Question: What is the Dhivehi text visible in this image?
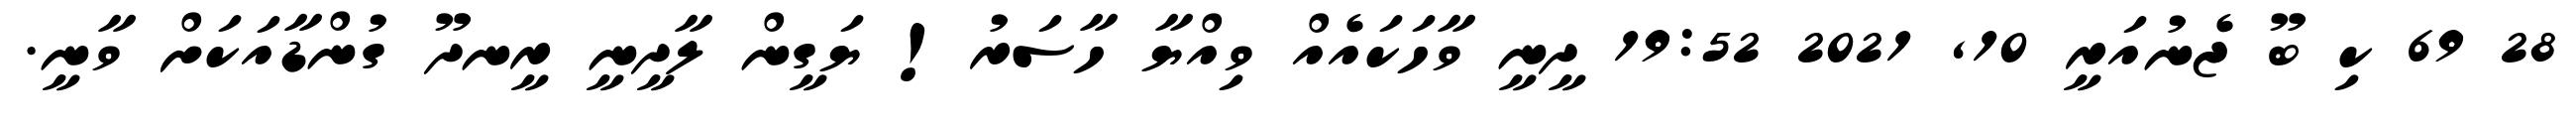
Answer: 28 69 ކި ބޫ ޖެނުއަރީ 10, 2021 19:52 ދީނީ ވާހަކައެއް ވިއްޔާ ހާސަރު! ޔަގީން ލާދީނީ ރީނދޫ ގުންޑާއަކަށް ވާނީ.